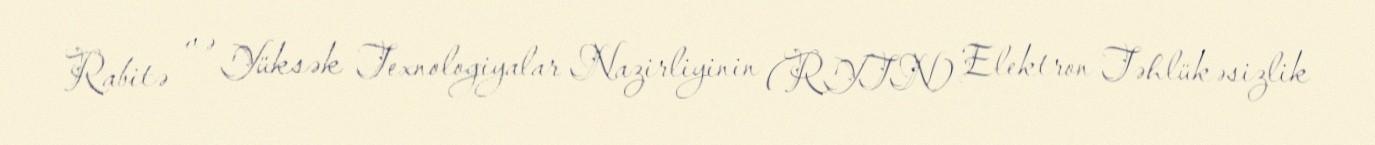
Rabitə və Yüksək Texnologiyalar Nazirliyinin (RYTN) Elektron Təhlükəsizlik